Vaccination North-Western Provinces and Oudh 1896-1901 - 1896-1901
Year: 1896
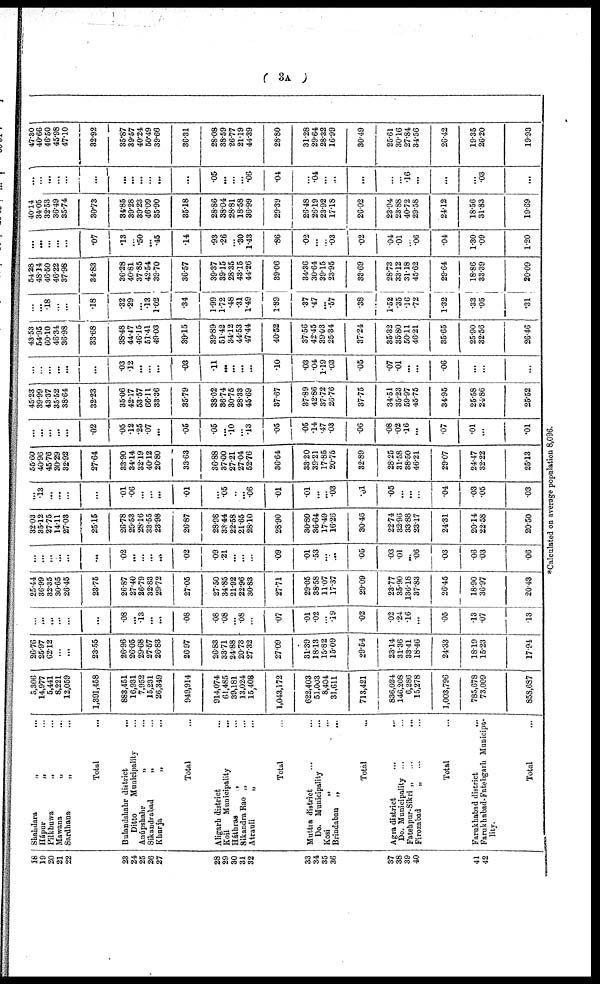
( 3A )
18
19
20
21
22
23
24
25
26
27
28
29
30
31
32
33
34
35
36
37
38
39
40
41
42
Shahdara
„
...
Hápur
„ ...
Pilkhuwa
„ ...
Mawana
„ ...
Sardhana
„ ...
Total ...
Bulandshahr district
...
Ditto
Municipality ...
Anúpshahr
„
...
Sikandrabad „ ...
Khurja
„ ...
Total ...
Aligarh district ...
Koil
Municipality
...
Háthras „ ...
Sikandra Rao „ ...
Atrauli
„ ...
Total ...
Muttra district ...
Do. Municipality ...
Kosi
„
...
Brindaban „ ...
Total ...
Agra district ...
Do. Municipality ...
Fatehpur-Sikri „ ...
Firozabad
„ ...
Total ...
Farukhabad district
...
Farukhabad-Fatehgarh Municipa-
lity.
Total ...
5,306
14,977
5,441
8,221
12,059
1,391,458
883,451
16,931
7,952
15,231
26,349
949,914
914,074
61,485
39,181
13,024
15,408
1,043,172
622,403
51,003
8,404
31,611
713,421
836,024
146,208
6,286
15,278
1,003,796
785,678
73,009
858,687
26.76
25.97
62.12
...
...
23.55
26.96
26.05
29.68
27.57
26.83
26.97
26.83
33.71
24.88
20.73
27.32
27.09
31.39
18.13
15.82
15.09
29.54
23.14
31.36
33.41
18.46
24.33
18.19
15.23
17.94
...
...
...
...
...
...
.08
...
.13
...
...
.08
.08
.08
...
.08
...
.07
.01
.02
...
.19
.02
.02
.24
.16
...
.05
.13
.07
.13
25.44
36.99
32.35
30.65
26.45
23.75
26.87
27.40
26.79
32.83
29.72
27.05
27.50
34.85
21.92
22.96
30.83
27.71
29.05
38.58
11.07
17.37
29.09
23.77
35.90
136.18
37.83
26.45
18.90
36.97
20.43
...
...
...
...
...
...
.02
...
...
...
...
.02
.09
.21
...
...
...
.09
.01
.53
...
...
.05
.03
.01
...
.06
.03
.06
.03
.06
32.03
35.12
27.75
14.11
27.03
25.15
26.78
29.53
28.16
33.55
23.98
26.87
28.98
33.44
22.58
21.65
28.10
28.90
30.80
36.64
17.49
16.26
30.46
22.74
32.96
33.88
23.17
24.31
20.14
22.58
20.50
...
.13
...
...
...
...
.01
.06
...
...
...
.01
...
.05
...
...
.06
.01
.01
...
...
.03
.01
.05
...
...
...
.04
.03
.05
.03
55.60
40.96
45.76
30.29
32.92
27.64
33.90
34.14
32.19
40.12
20.80
33.63
36.88
37.00
27.21
27.04
52.76
36.64
33.20
39.21
17.85
20.75
32.89
28.25
31.58
38.50
46.21
29.07
24.47
32.22
25.13
...
...
...
...
...
.02
.05
.12
.25
.07
...
.05
.05
...
.10
...
.13
.05
.05
.14
.47
.03
.06
.08
.02
.16
...
.07
.01
...
.01
45.23
39.99
43.37
35.52
38.64
32.23
35.06
42.17
53.57
66.11
33.36
35.79
38.02
36.74
30.75
28.33
45.69
37.67
37.89
42.86
37.72
26.76
37.75
34.51
35.23
59.97
45.75
34.95
25.58
24.86
25.52
...
...
...
...
...
...
.03
.12
...
...
...
.03
.11
...
...
...
...
.10
.03
.04
1.19
.03
.05
.07
.01
...
...
.06
...
...
...
43.53
54.95
60.10
46.34
36.98
33.68
38.48
44.47
46.15
51.41
49.03
39.15
39.89
51.42
34.12
44.53
47.44
40.52
37.56
42.45
39.03
25.34
37.24
35.32
35.80
50.11
46.21
35.65
25.90
32.56
26.46
...
...
.18
...
...
.18
.32
.29
...
.13
1.02
.34
1.99
1.72
.48
.31
1.49
1.89
.37
.47
...
.57
.38
1.52
.35
.16
.72
1.32
.33
.05
.31
54.28
...
46.50
46.22
37.98
34.83
36.28
40.81
37.85
42.54
39.70
36.57
39.37
39.15
28.35
43.15
44.26
39.06
34.36
30.64
39.15
23.95
33.69
28.73
33.12
31.18
45.62
29.64
18.86
33.39
20.09
...
...
...
...
...
.07
.13
...
.50
...
.45
.14
.93
.26
...
.30
1.43
.86
.02
...
...
.03
.02
.04
.01
...
.06
.04
1.30
.09
1.20
40.14
...
32.53
36.49
35.74
30.73
34.85
39.28
39.23
46.09
35.90
35.18
28.86
38.04
28.81
18.58
36.99
29.39
26.48
26.19
23.92
17.18
26.02
23.94
23.88
40.72
29.58
24.12
18.56
31.83
19.69
...
...
...
...
...
...
...
...
...
...
...
...
.05
...
...
...
.06
.04
...
.04
...
...
...
...
...
.16
...
...
...
.03
...
47.30
40.66
46.50
45.98
47.10
32.92
35.87
39.57
40.24
50.49
39.66
36.31
28.08
38.59
26.77
21.19
44.39
28.80
31.28
29.64
28.32
16.99
30.49
25.61
30.16
27.84
34.56
26.42
19.35
26.20
19.93
*Calculated on average population 8,096.